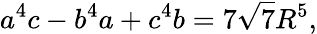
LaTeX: a^{4}c-b^{4}a+c^{4}b=7{\sqrt{7}}R^{5},